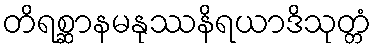
တိရစ္ဆာနမနုဿနိရယာဒိသုတ္တံ